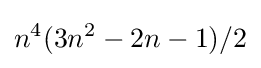
n^{4}(3n^{2}-2n-1)/2